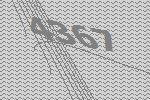
4367